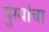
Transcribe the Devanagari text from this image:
पुंग्यांचा